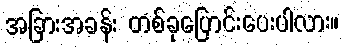
အခြားအခန်း တစ်ခုပြောင်းပေးပါလား။